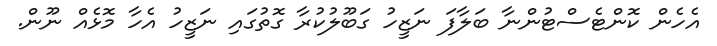
އެހެން ކޮންޓެސްޓުންނާ ބަލާފަ ނަޒީހު ގަބޫލުކުރާ ގޮތުގައި ނަޒީހު އެހާ މޮޅެއް ނޫން.